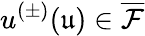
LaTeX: u^{(\pm)}(\mathfrak{u})\in\overline{{\mathcal{F}}}